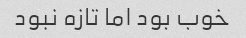
خوب بود اما تازه نبود